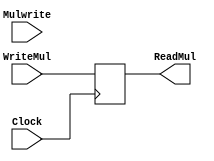
`timescale 1ns / 1ps
//////////////////////////////////////////////////////////////////////////////////
// Company: 
// Engineer: 
// 
// Design Name: 
// Module Name: MulFile
// Project Name: 
// Target Devices: 
// Tool Versions: 
// Description: 
// 
// Dependencies: 
// 
// Revision:
// Revision 0.01 - File Created
// Additional Comments:
// 
//////////////////////////////////////////////////////////////////////////////////


module MulFile(
     
        input wire[47:0] WriteMul,
        input wire Mulwrite,
        input wire Clock,
        output wire[47:0] ReadMul
    );
    
    reg[47:0] Register;
    initial
    begin
    Register <= 47'd0;
    end
   
     always @(posedge Clock)
     begin
     Register <= WriteMul;
     end
     
     assign ReadMul = Register;
      
endmodule